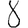
Digit: 8